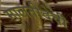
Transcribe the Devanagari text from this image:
मालतीदेवी